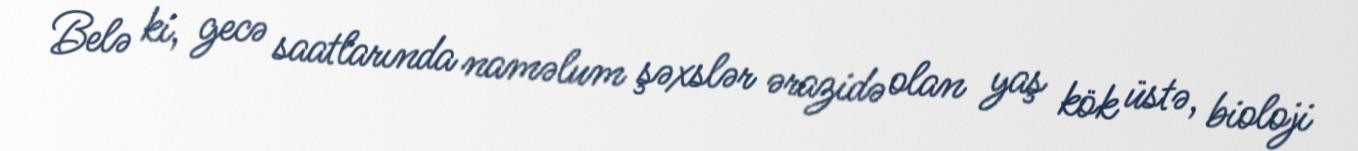
Belə ki, gecə saatlarında naməlum şəxslər ərazidə olan yaş kök üstə, bioloji